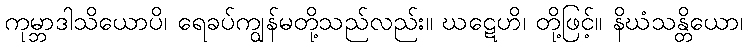
ကုမ္ဘာဒါသိယောပိ၊ ရေခပ်ကျွန်မတို့သည်လည်း။ ဃဋေဟိ၊ တို့ဖြင့်။ နိဃံသန္တိယော၊